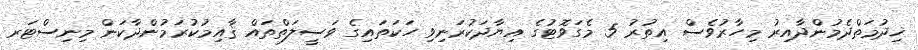
ޚިދުމަތްދެމުންދާއިރު މިހާރުވެސް އިތުރު 5 މެގަވޮޓުގެ އިޔާދަކުރަނިވި ހަކަތައިގެ ވަސީލަތްތައް ޤާއިމުކުރަމުންދާކަން މިނިސްޓަރ